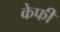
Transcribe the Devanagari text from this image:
केफी